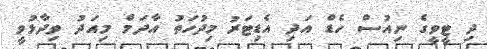
ދި ޓީވީގެ ނިއުސް ހެޑް އަދި އެޑިޓަރު މިދުހަތު އާދަމް މިއަދު ވިދާޅުވީ